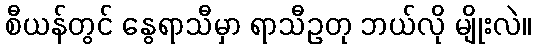
စီယန်တွင် နွေရာသီမှာ ရာသီဥတု ဘယ်လို မျိုးလဲ။